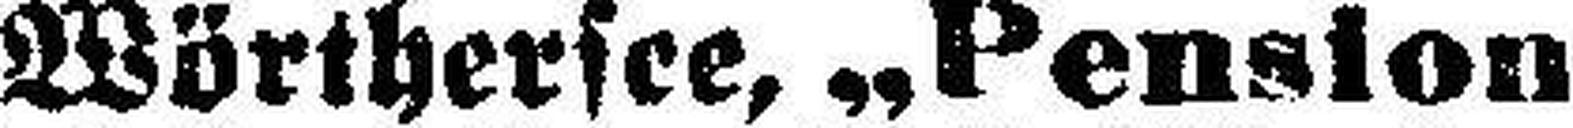
Wörthersee, „Pension